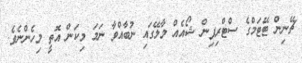
ޗޭނިން ޓޭޓަމްގެ ސްޓްރިޕިން ޝޯއެއް މާލޭގައި ނުބާއްވާ ނަމަ މިކަން އޮތީ މިހެންނެވެ.